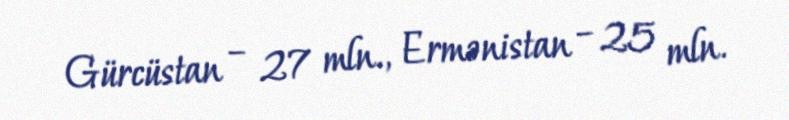
Gürcüstan – 27 mln., Ermənistan – 25 mln.